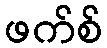
ဖက်စ်